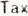
TAX